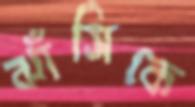
ঝাঁসিকে